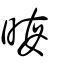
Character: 晦